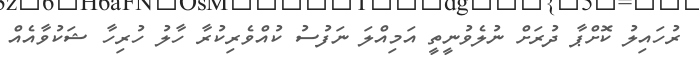
ރުހައިލު ކޮށްޕާ ދުރަށް ނުލެވުނީތީ އަމިއްލަ ނަފުސު ކުއްވެރިކުރާ ހާލު ހުރިހާ ޝަކުވާއެއް